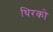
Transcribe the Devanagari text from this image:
थिरको